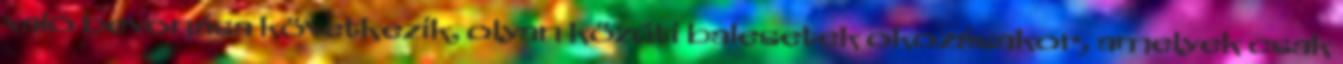
való bevonása következik, olyan közúti balesetek okozásakor, amelyek csak